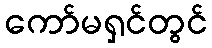
ကော်မရှင်တွင်